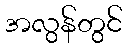
အလွန်တွင်